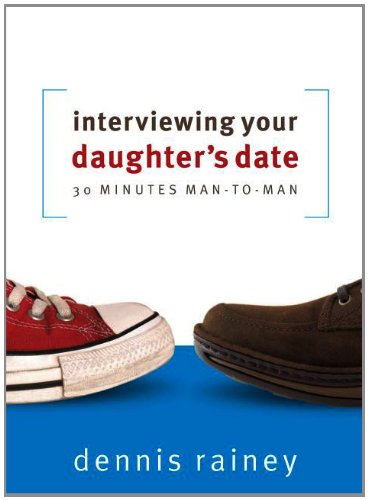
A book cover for Interviewing Your Daughter's Date: 30 Minutes Man-To-Man; Dennis Rainey; Parenting & Relationships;